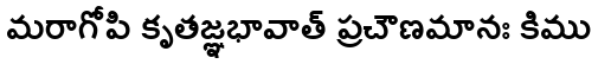
మరాగోపి కృతజ్ఞభావాత్ ప్రచౌణమానః కిము